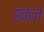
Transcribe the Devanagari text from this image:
रंकज